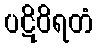
ပဋိဝိရတံ